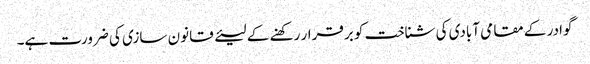
گوادر کے مقامی آبادی کی شناخت کو برقرار رکھنے کے لیئے قانون سازی کی ضرورت ہے۔